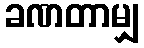
ခဏတာမျှ